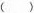
()